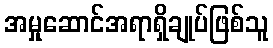
အမှုဆောင်အရာရှိချုပ်ဖြစ်သူ